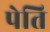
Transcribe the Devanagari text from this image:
पेति